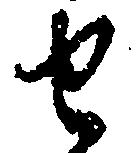
せ